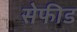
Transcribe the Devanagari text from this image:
सेफीड